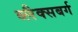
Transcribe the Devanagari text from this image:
ब्लैक्सबर्ग